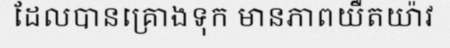
ដែលបានគ្រោងទុក មានភាពយឺតយ៉ាវ